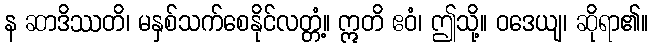
န ဆာဒိဿတိ၊ မနှစ်သက်စေနိုင်လတ္တံ့။ ဣတိ ဧဝံ၊ ဤသို့။ ဝဒေယျ၊ ဆိုရာ၏။